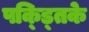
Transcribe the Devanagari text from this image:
पक्ड्तिके